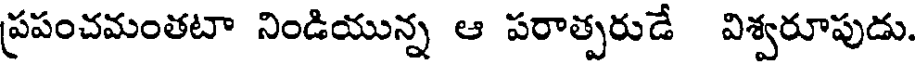
ప్రపంచమంతటా నిండియున్న ఆ పరాత్పరుడే విశ్వరూపుడు.